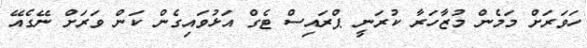
ހަވަރަށް މަމެން މުޒާހަރާ ކުރަނީ ޕްރައިސް ޓެގް އަޅުވައިގެން ކަން ވަރަށް ނޭގެއޭ